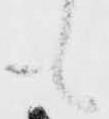
も